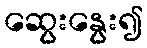
ဆွေးနွေး၍